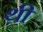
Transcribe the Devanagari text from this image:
थ़ी